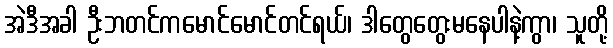
အဲဒီအခါ ဦးဘတင်ကမောင်မောင်တင်ရယ်၊ ဒါတွေတွေးမနေပါနဲ့ကွာ၊ သူတို့